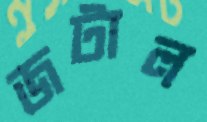
জটাল